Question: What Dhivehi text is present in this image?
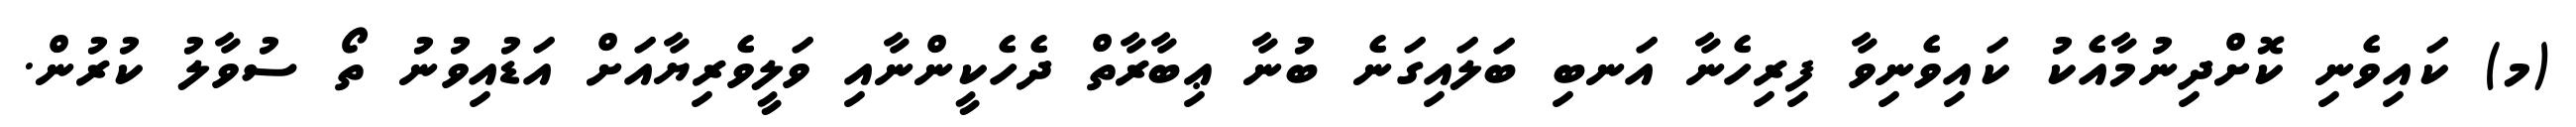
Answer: (މ) ކައިވެނި ކޮށްދިނުމާއެކު ކައިވެނިވާ ފިރިހެނާ އަނބި ބަލައިގަނެ ބުނާ ޢިބާރާތް ދެހެކީންނާއި ވަލީވެރިޔާއަށް އަޑުއިވުނު ތޯ ސުވާލު ކުރުން.